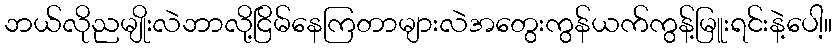
ဘယ်လိုညမျိုးလဲဘာလို့ငြိမ်နေကြတာများလဲအတွေးကွန်ယက်ကွန့်မြူးရင်းနဲ့ပေါ့။